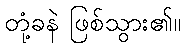
တုံ့ခနဲ ဖြစ်သွား၏။